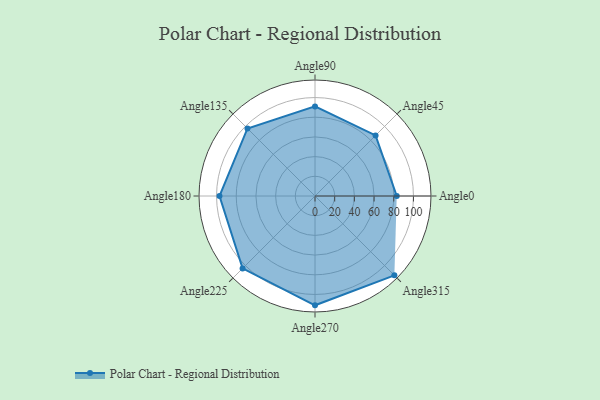
{"axis": {"x": "Angle", "y": "Radius"}, "legend": [""], "data": [{"x": "Angle0", "y": 83.0, "type": ""}, {"x": "Angle45", "y": 87.0, "type": ""}, {"x": "Angle90", "y": 91.0, "type": ""}, {"x": "Angle135", "y": 97.0, "type": ""}, {"x": "Angle180", "y": 97.0, "type": ""}, {"x": "Angle225", "y": 104.0, "type": ""}, {"x": "Angle270", "y": 111.0, "type": ""}, {"x": "Angle315", "y": 114.0, "type": ""}]}